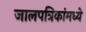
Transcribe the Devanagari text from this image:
जालपत्रिकांमध्ये